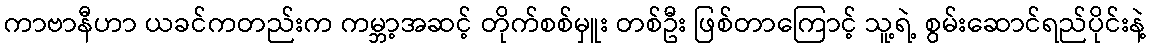
ကာဗာနီဟာ ယခင်ကတည်းက ကမ္ဘာ့အဆင့် တိုက်စစ်မှူး တစ်ဦး ဖြစ်တာကြောင့် သူ့ရဲ့ စွမ်းဆောင်ရည်ပိုင်းနဲ့